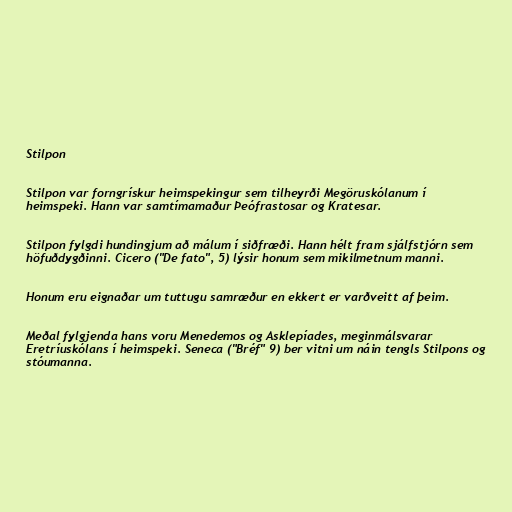
Stilpon

Stilpon var forngrískur heimspekingur sem tilheyrði Megöruskólanum í
heimspeki. Hann var samtímamaður Þeófrastosar og Kratesar.

Stilpon fylgdi hundingjum að málum í siðfræði. Hann hélt fram sjálfstjórn sem
höfuðdygðinni. Cicero ("De fato", 5) lýsir honum sem mikilmetnum manni.

Honum eru eignaðar um tuttugu samræður en ekkert er varðveitt af þeim.

Meðal fylgjenda hans voru Menedemos og Asklepíades, meginmálsvarar
Eretríuskólans í heimspeki. Seneca ("Bréf" 9) ber vitni um náin tengls Stilpons og
stóumanna.